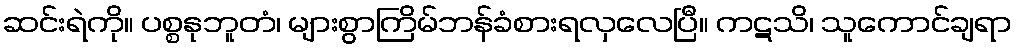
ဆင်းရဲကို။ ပစ္စနုဘူတံ၊ များစွာကြိမ်ဘန်ခံစားရလှလေပြီ။ ကဋသိ၊ သူကောင်ချရာ